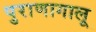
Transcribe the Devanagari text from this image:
पुराणागालू